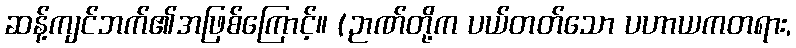
ဆန့်ကျင်ဘက်၏အဖြစ်ကြောင့်။ (ဉာဏ်တို့က ပယ်တတ်သော ပဟာယကတရား,